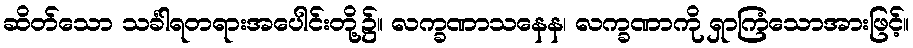
ဆိတ်သော သင်္ခါရတရားအပေါင်းတို့၌။ လက္ခဏာသနေန၊ လက္ခဏာကို ရှာကြံသောအားဖြင့်။